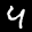
Label: 4